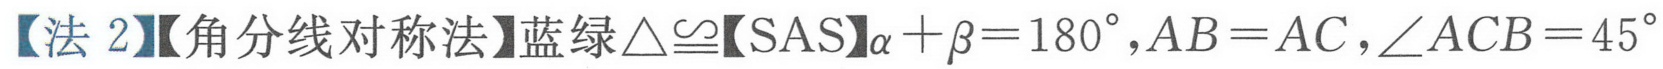
【法 2】【角平分线对称法】蓝绿$\triangle\cong$【SAS】$\alpha+\beta = 180^{\circ},AB = AC,\angle ACB = 45^{\circ}$